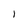
Character: 1